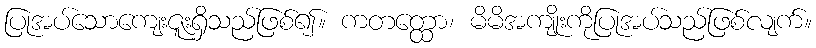
ပြုအပ်သောကျေးဇူးရှိသည်ဖြစ်၍။ ကတတ္ထော၊ မိမိအကျိုးကိုပြုအပ်သည်ဖြစ်လျက်။